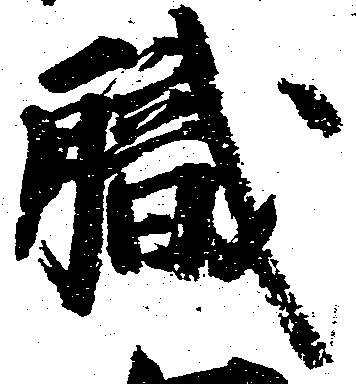
職